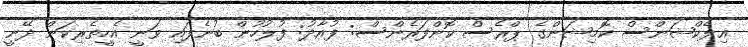
އިލެކްޝަންސް ކޮމިޝަންގެ ޕްރެސް ކޮންފަރެންސް: ފުއާދު: ފުލުހުން ބުނެފައި ވަނީ އެހީތެރިކަން ދޭނީ